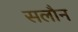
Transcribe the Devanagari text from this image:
सलौन